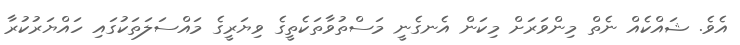
އެވެ. ޝައްކެއް ނެތް މިންވަރަށް މިކަން އެނގެނީ މަސްތުވާތަކެތީގެ ވިޔަރީގެ މައްސަލަތަކުގައި ހައްޔަރުކުރާ